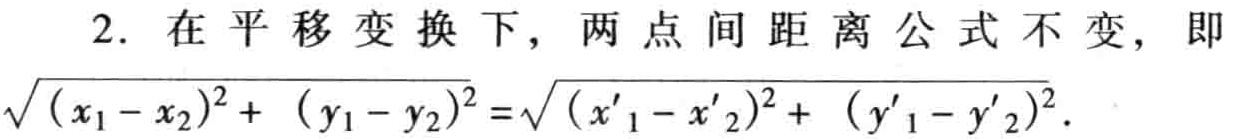
2. 在平移变换下，两点间距离公式不变，即
\(\sqrt{(x_1 - x_2)^2 + (y_1 - y_2)^2}=\sqrt{(x'_1 - x'_2)^2 + (y'_1 - y'_2)^2}\)